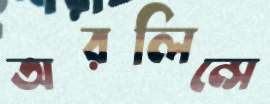
অরলিন্সে